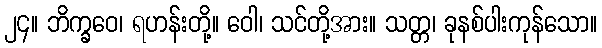
၂၄။ ဘိက္ခဝေ၊ ရဟန်းတို့။ ဝေါ၊ သင်တို့အား။ သတ္တ၊ ခုနစ်ပါးကုန်သော။